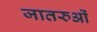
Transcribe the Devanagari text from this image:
जातरुओं